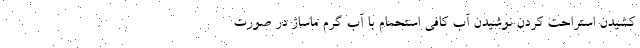
کشیدن استراحت کردن نوشیدن آب کافی استحمام با آب گرم ماساژ در صورت